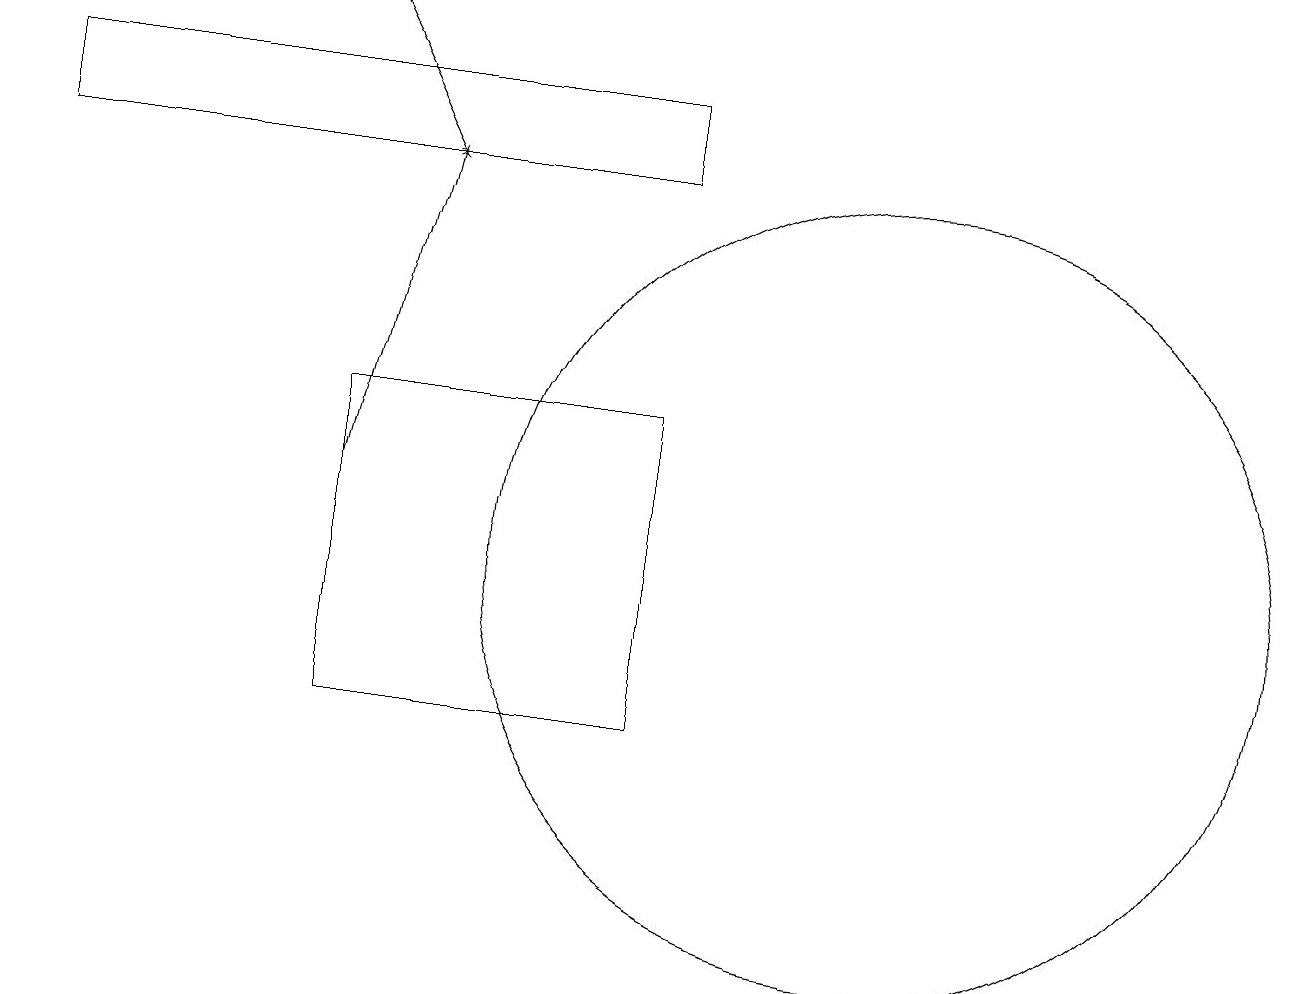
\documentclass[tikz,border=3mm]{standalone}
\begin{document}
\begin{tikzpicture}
\draw (4,14) rectangle (8,10);
\draw[->] (4,19) -- (5,17);
\draw (8,18) rectangle (0,17);
\draw[->] (4,13) -- (5,17);
\draw (11,12) circle (5);
\draw (8,12) rectangle (8,13);
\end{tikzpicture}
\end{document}